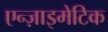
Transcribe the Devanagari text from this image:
एन्ज़ाइमेटिक